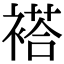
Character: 褡